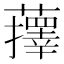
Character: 蘀